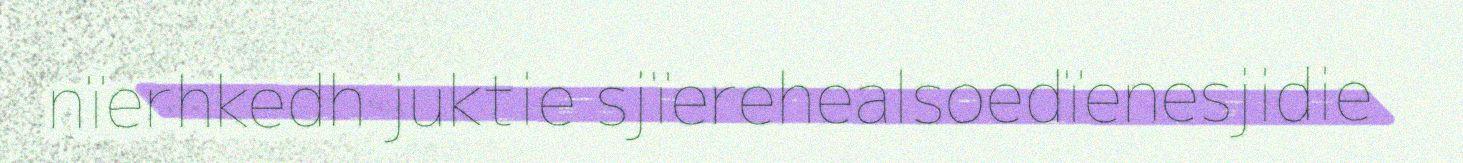
nïerhkedh juktie sjïerehealsoedïenesjidie